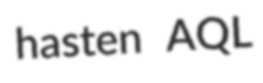
hasten AQL